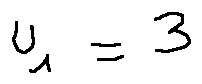
u _ { 1 } = 3